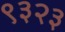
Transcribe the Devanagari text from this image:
९३२३